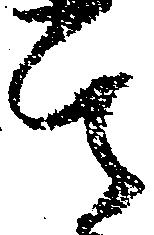
其